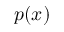
p ( x )